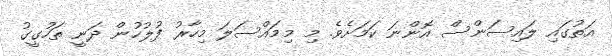
އަތުގައި ލައިސަންސް އޮންނަ ކަމަށެވެ. މި މިމައްސަލަ މިހާރު ފުލުހުން ދަނީ ތަހުގީގު